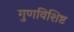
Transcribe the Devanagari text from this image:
गुणविशिष्ट